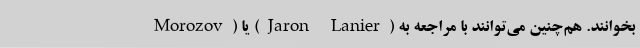
Morozov) یا (Jaron Lanier) بخوانند. هم‌چنین می‌توانند با مراجعه به